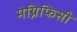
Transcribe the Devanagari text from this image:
मेग्निफिसी